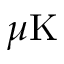
\mu \mathrm { K }